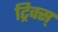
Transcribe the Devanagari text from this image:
ट्रिक्स्